Treatise on elephants
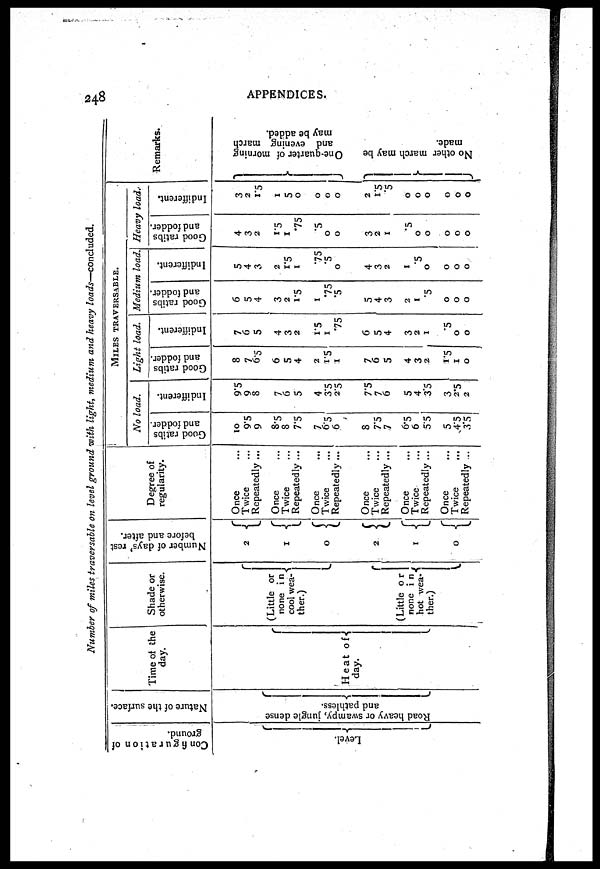
248
APPENDICES.
Number of miles traversable on level ground with light, medium and heavy loads—concluded.
Con figuration of
ground.
Level .
Nature of the surface.
Roa d heavy or s
wa mp y , j ungl e dens e
and pathless.
Time of the
day.
Heat of
day.
Shade or
otherwise.
(Little or
none i n
cool wea-
ther.)
(Little or
none i n
hot wea-
ther.)
Number of days' rest
before and after.
2
1
0
2
1
0
Degree of
regularity.
Once ...
Twice ...
Repeatedly ...
Once ....
Twice ...
Repeatedly ...
Once ....
Twice ....
Repeatedly ...
Once ....
Twice ...
Repeatedly ...
Once ....
Twice ....
Repeatedly ...
Once ...
Twice ...
Repeatedly ...
MILES
TRAVERSABLE.
No load.
Good ratibs
and fodder.
10
9.5
9
8.5
8 7.5
7
6.5
6
8
7.5
7
6.5
6
5.5
5
4.5
3.5
Indifferent.
9.5
9
8
7
6
5
4
3.5
2.5
7.5
7
6
5
4
3.5
3
2.5
2
Light load.
Good ratibs
and fodder.
8
7
6.5
6
5
4
2
1.5
1
7
6
5
4
3
2
1.5
1
0
Indifferent.
7
6
5
4
3
2
1.5
1
.75
6
5
4
3
2
1
.5
0
0
Medium load.
Good ratibs
and fodder.
6
5
4
3
2
1.5
1
.75
.5
5
4
3
2
1
.5
0
0
0
Indifferent.
5
4
3
2
1.5
1
.75
.5
0
4
3
2
1
.5
0
0
0
0
Heavy load.-
Good ratibs
and fodder.
4
3
2
1.5
1
.75
.5
0
0
3
2
1
.5
0
0
0
0
0
Indifferent.
3
2
1.5
1
5
0
0
0
0
2
1.5
.5
0
0
0
0
0
0
Remarks.
One -
qua r
t
e r of morning
and evening march
may be added.
No o t h e r m a r c h may be
made.